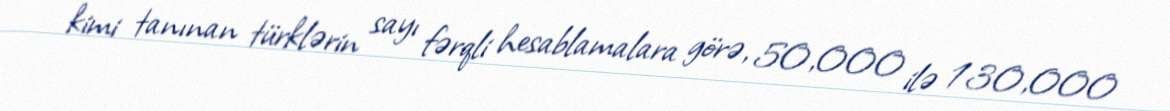
kimi tanınan türklərin sayı fərqli hesablamalara görə, 50,000 ilə 130,000